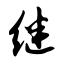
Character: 继